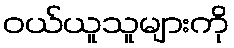
ဝယ်ယူသူများကို